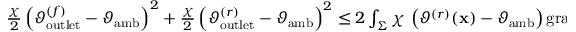
\begin{array} { r } { \frac { \chi } { 2 } \left( \vartheta _ { \mathrm { o u t l e t } } ^ { ( f ) } - \vartheta _ { \mathrm { a m b } } \right) ^ { 2 } + \frac { \chi } { 2 } \left( \vartheta _ { \mathrm { o u t l e t } } ^ { ( r ) } - \vartheta _ { \mathrm { a m b } } \right) ^ { 2 } \leq 2 \int _ { \Sigma } \chi \, \left( \vartheta ^ { ( r ) } ( \mathbf { x } ) - \vartheta _ { \mathrm { a m b } } \right) \mathrm { g r a d } \left[ \vartheta ^ { ( f ) } ( \mathbf { x } ) \right] \bullet \widehat { \mathbf { t } } ( \mathbf { x } ) \, \mathrm { d } \Gamma } \end{array}